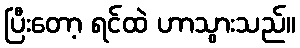
ပြီးတော့ ရင်ထဲ ဟာသွားသည်။